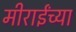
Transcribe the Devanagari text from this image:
मीराईंच्या